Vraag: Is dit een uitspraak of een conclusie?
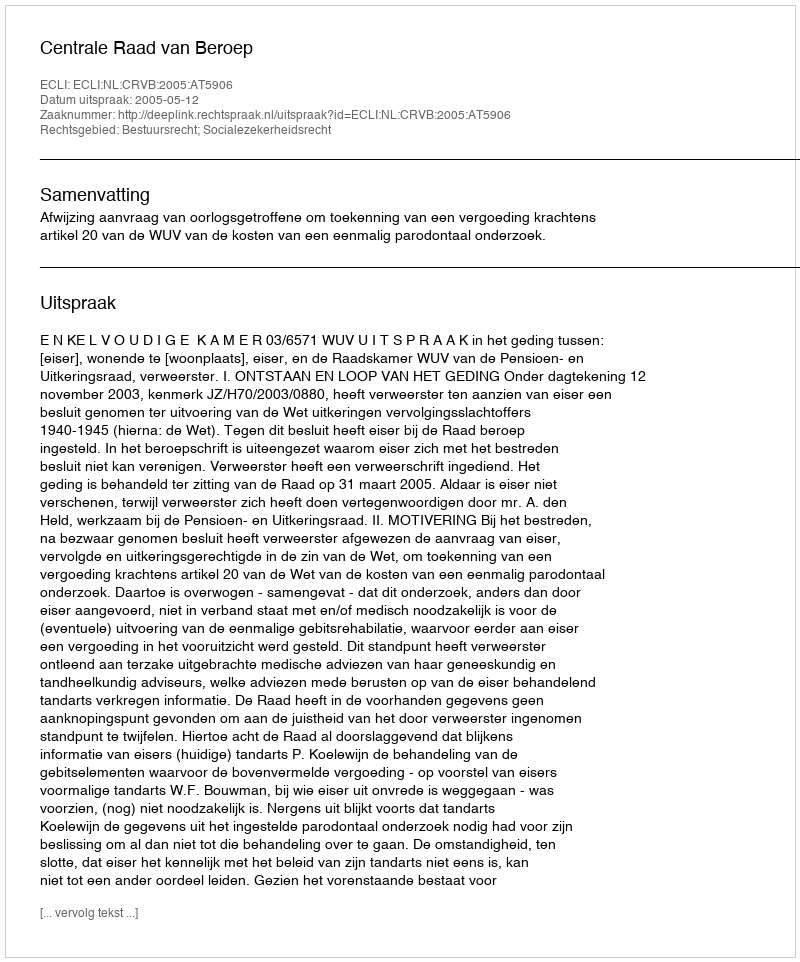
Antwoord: Uitspraak